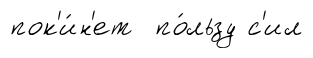
пок'и́н'ет по́льзу с'ил